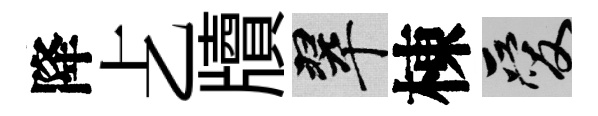
降𠧒牘翠棟爱